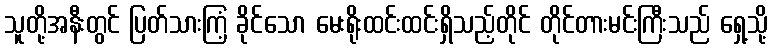
သူတို့အနီးတွင် ပြတ်သားကြံ့ ခိုင်သော မေးရိုးထင်းထင်းရှိသည့်တိုင် တိုင်တားမင်းကြီးသည် ရှေ့သို့